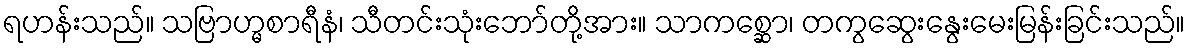
ရဟန်းသည်။ သဗြာဟ္မစာရီနံ၊ သီတင်းသုံးဘော်တို့အား။ သာကစ္ဆော၊ တကွဆွေးနွေးမေးမြန်းခြင်းသည်။